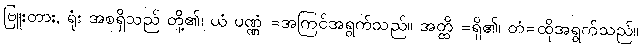
ဗြူးတား, ရုံး အစရှိသည် တို့၏၊ ယံ ပဏ္ဏံ =အကြင်အရွက်သည်။ အတ္ထိ =ရှိ၏၊ တံ=ထိုအရွက်သည်။